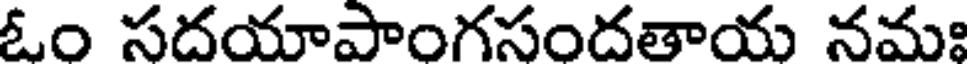
ఓం సదయాపాంగసందతాయ నమః